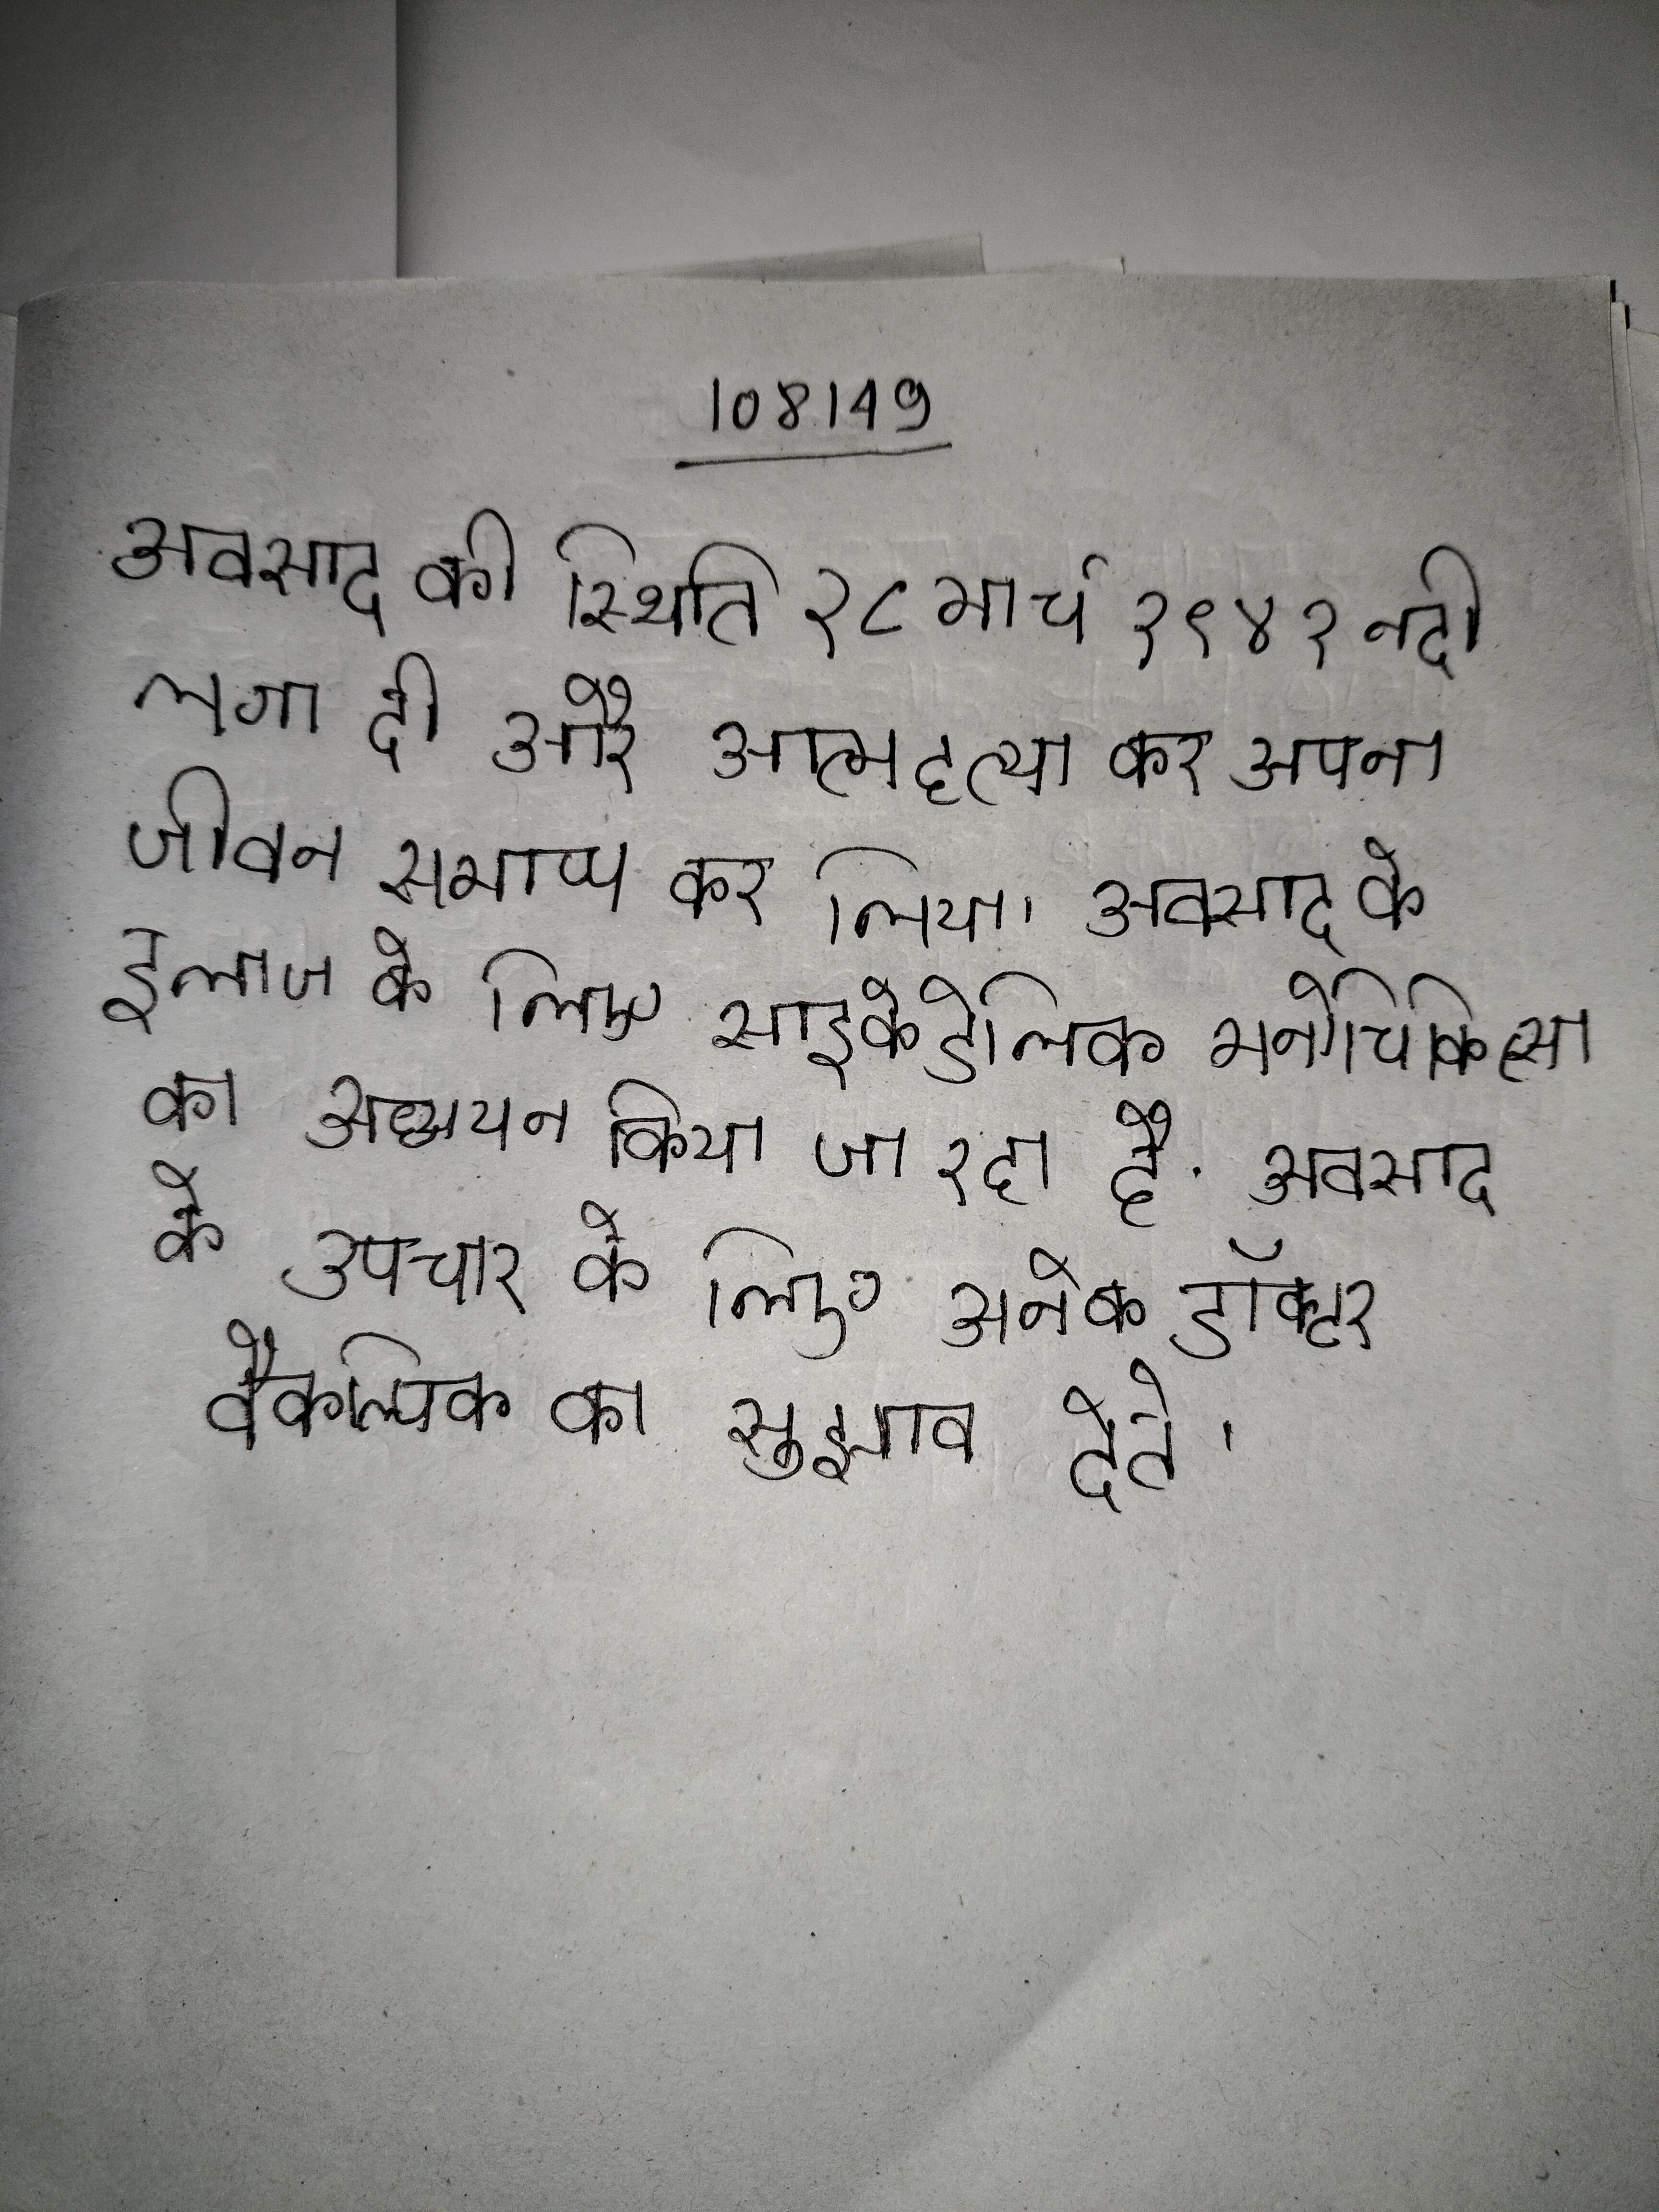
अवसाद की स्थिति २८ मार्च १९४१ नदी लगा दी और आत्महत्या कर अपना जीवन समाप्त कर लिया । अवसाद के इलाज के लिए साइकेडेलिक मनोचिकित्सा का अध्ययन किया जा रहा है . अवसाद के उपचार के लिए अनेक डॉक्टर वैकल्पिक का सुझाव देते ।